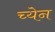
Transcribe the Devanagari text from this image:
च्येन